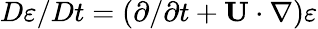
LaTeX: D\varepsilon/Dt=(\partial/\partial t+{\mathbf{U}}\cdot\nabla)\varepsilon